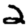
Digit: 2